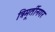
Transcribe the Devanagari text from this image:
त्रिमूर्तीनगर